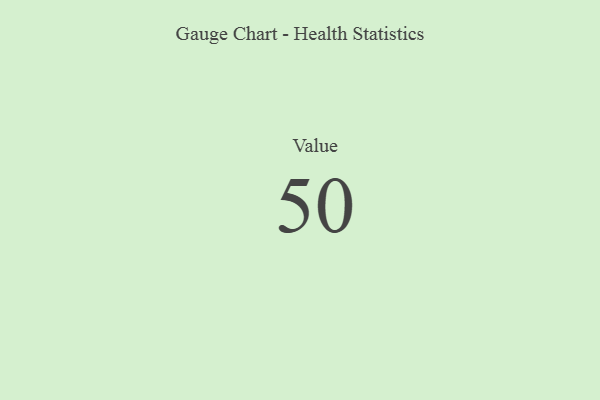
{"axis": {"x": "Metric", "y": "Value"}, "legend": [""], "data": [{"x": "Value", "y": 50, "type": ""}]}